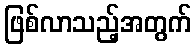
ဖြစ်လာသည့်အတွက်